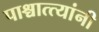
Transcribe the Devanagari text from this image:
पाश्चात्त्यांनी